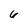
Character: 6